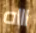
اااه